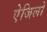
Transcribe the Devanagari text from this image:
ऐजिलो